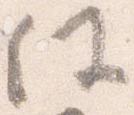
任